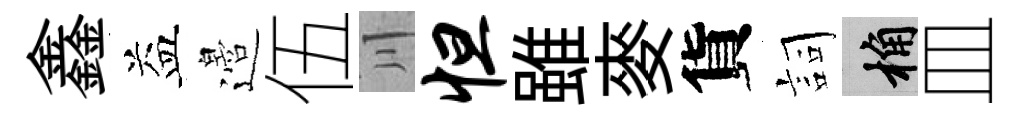
鑫益邉伍川怛雖麥貨詞桷皿